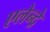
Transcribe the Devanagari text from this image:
एलेन्द्रे